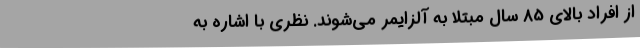
از افراد بالای 85 سال مبتلا به آلزایمر می‌شوند. نظری با اشاره به